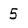
Character: 5